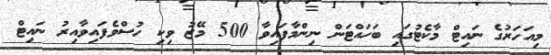
މިއަހަރުގެ ނައިޓް މާކެޓުގައި ބަހައްޓަން ނިންމާފައިވާ 500 މޭޒު ވިކި ހުސްވެފައިވާއިރު ނައިޓް